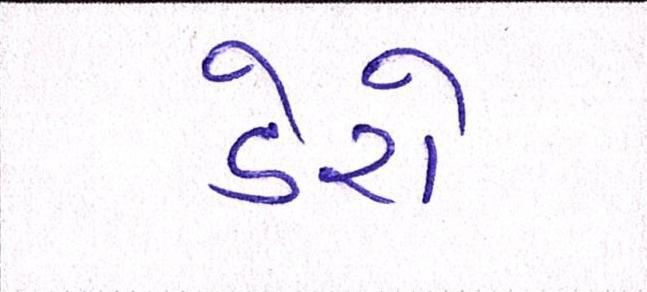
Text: ડેરો